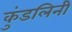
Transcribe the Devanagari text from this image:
कुंडलिनी